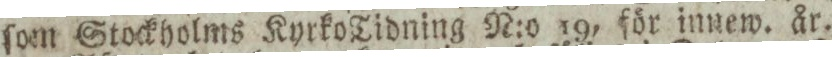
ſom Stockholms Kyrko Tidning N:o 19, för innew. år.